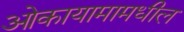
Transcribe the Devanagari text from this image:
ओकायामामधील